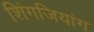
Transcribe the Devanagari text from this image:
शिंगजियांग